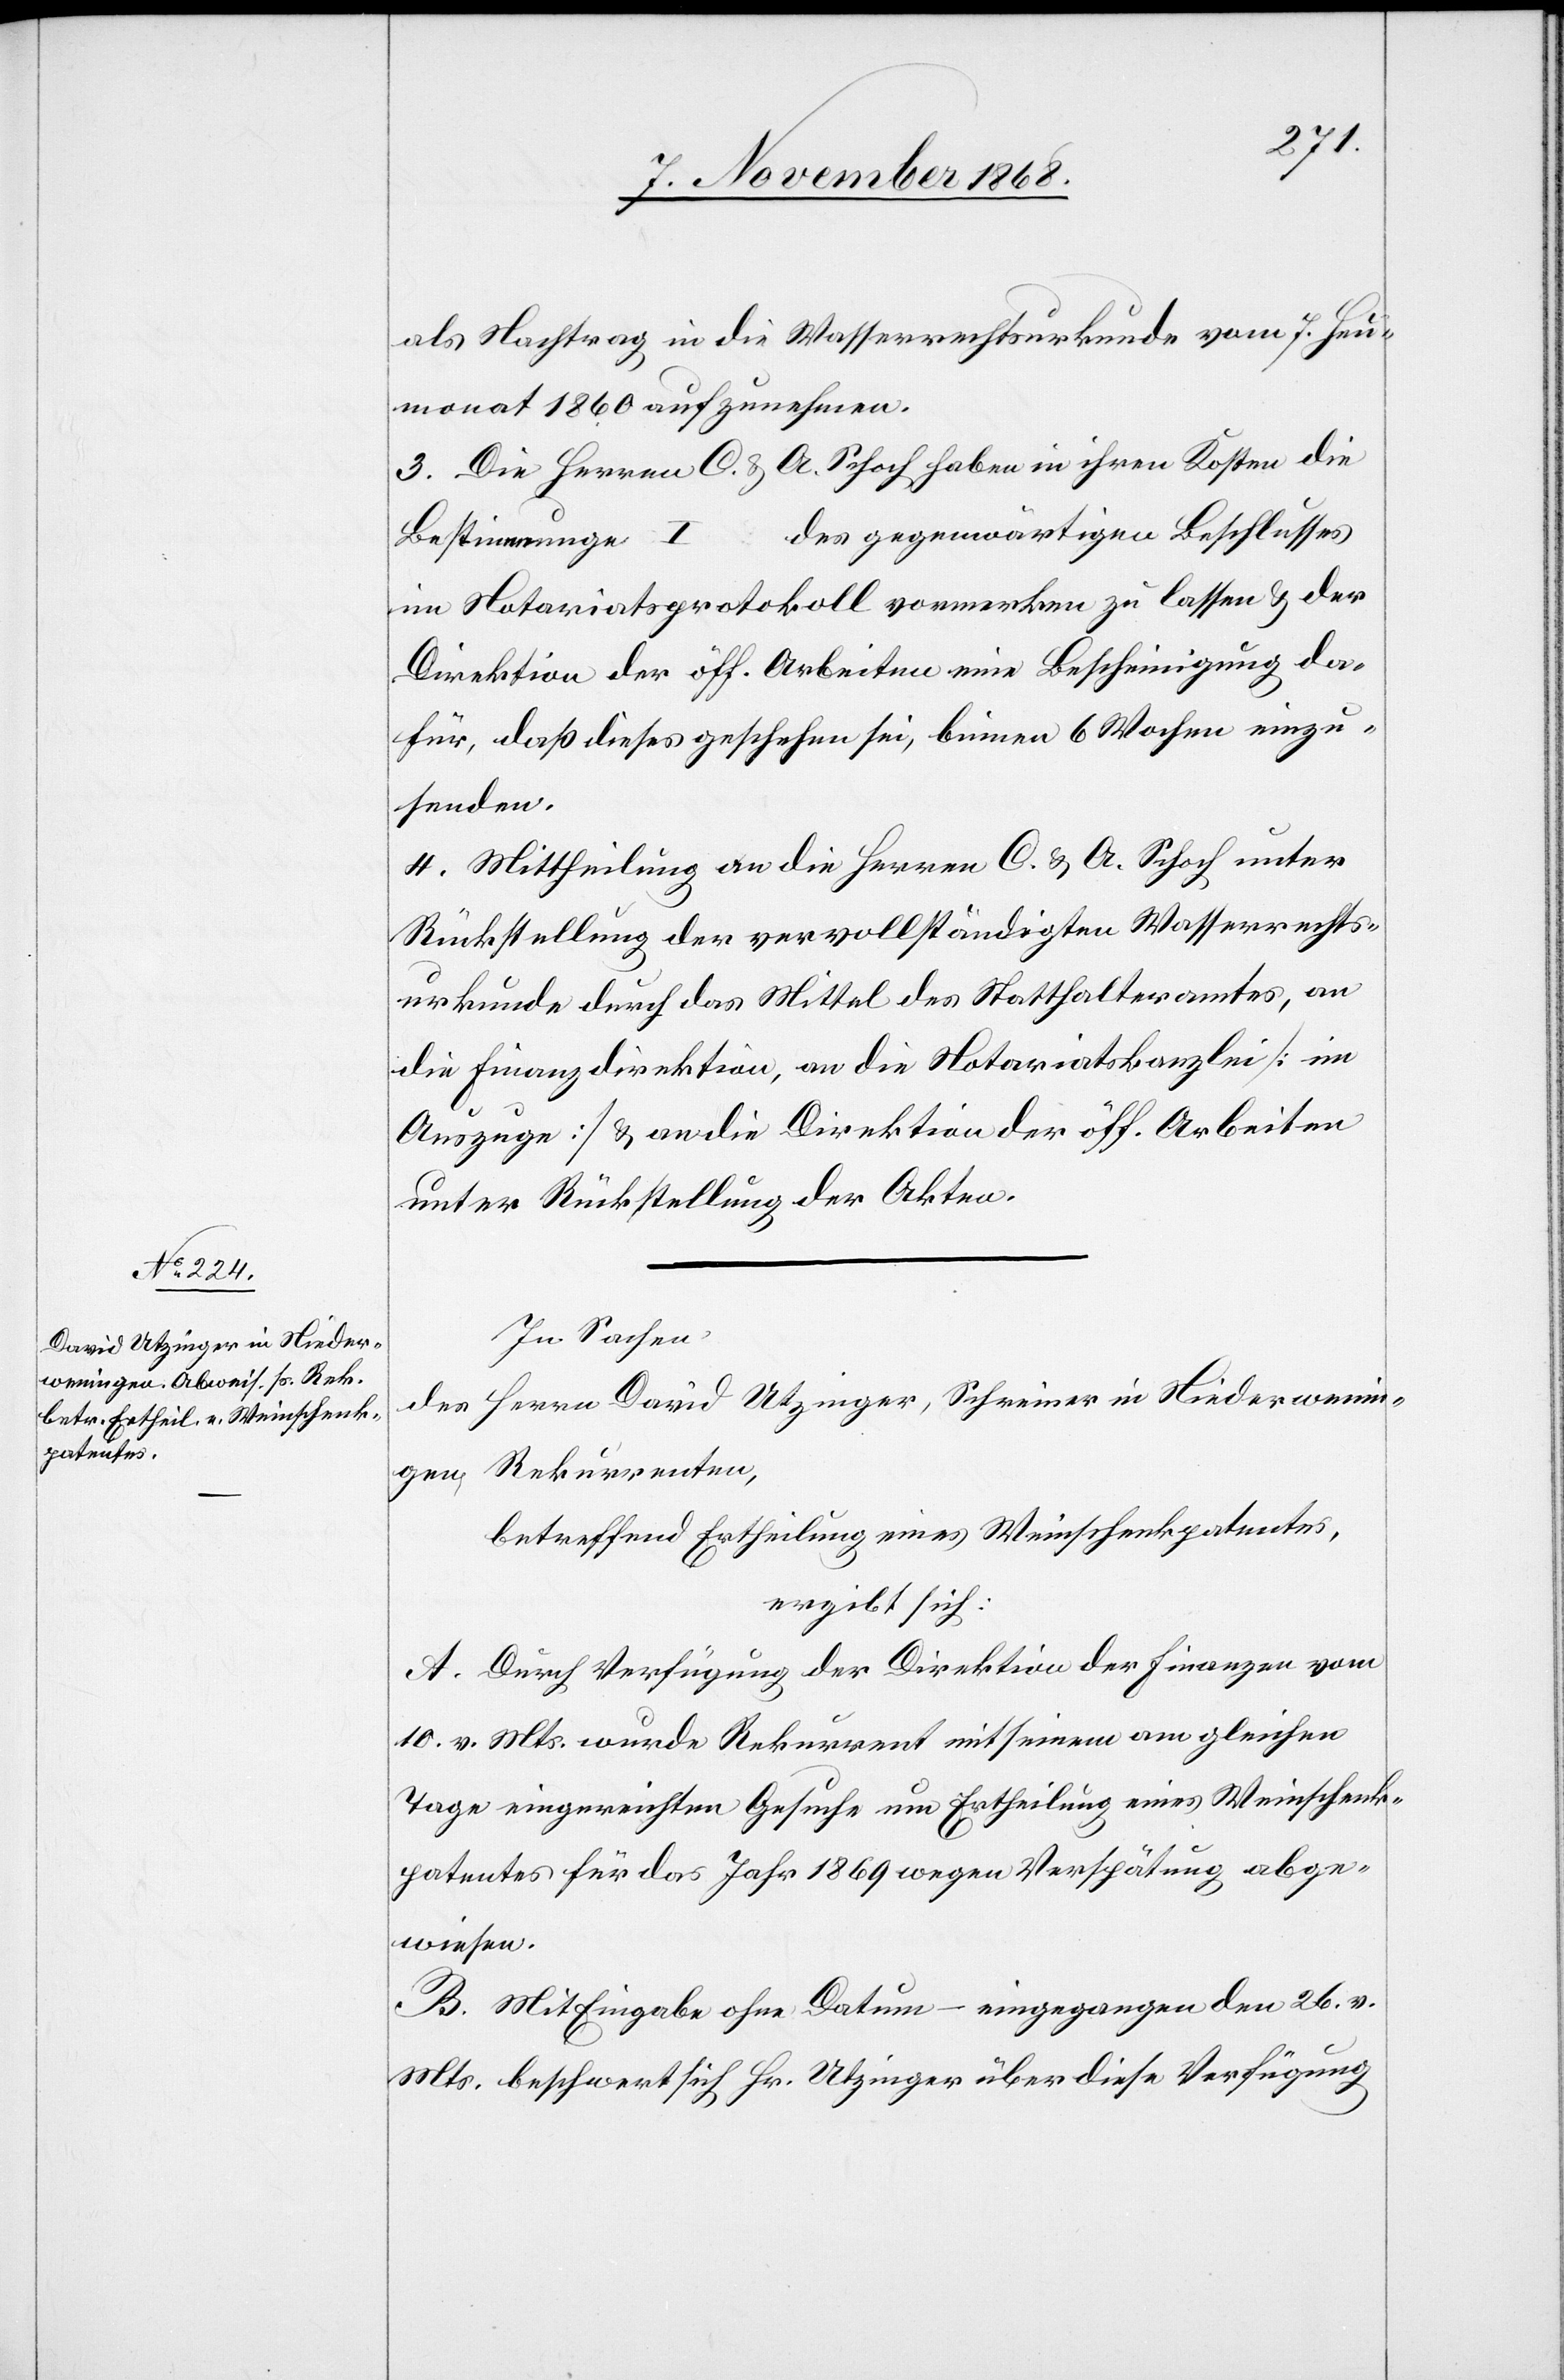
…
als Nachtrag in die Wasserrechtsurkunde vom 7. Heu¬
monat 1860 aufzunehmen.
3. Die Herren C. & A. Schoch haben in ihren Kosten die
des gegenwärtigen Beschlusses
Bestimmunge …
im Notariatsprotokoll vormerken zu lassen & der
Direktion der öff. Arbeiten eine Bescheinigung da¬
für, daß dieses geschehen sei, binnen 6 Wochen einzu¬
senden.
4. Mittheilung an die Herren C. & A. Schoch unter
Rückstellung der vervollständigten Wasserrechts¬
urkunde durch das Mittel des Statthalteramtes, an
die Finanzdirektion, an die Notariatskanzlei [im
Auszuge] & an die Direktion der öff. Arbeiten
unter Rückstellung der Akten.
In Sachen
des Herrn David Utzinger, Schreiner in Niederwenin¬
gen, Rekurrenten,
betreffend Ertheilung eines Weinschenkpatentes,
ergibt sich:
A. Durch Verfügung der Direktion der Finanzen vom
10. v. Mts. wurde Rekurrent mit seinem am gleichen
Tage eingereichten Gesuche um Ertheilung eines Weinschenk¬
patentes für das Jahr 1869 wegen Verspätung abge¬
wiesen.
B. Mit Eingabe ohne Datum – eingegangen den 26. v.
Mts. beschwert sich Hr. Utzinger über diese Verfügung